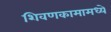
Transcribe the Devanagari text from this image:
शिवणकामामध्ये